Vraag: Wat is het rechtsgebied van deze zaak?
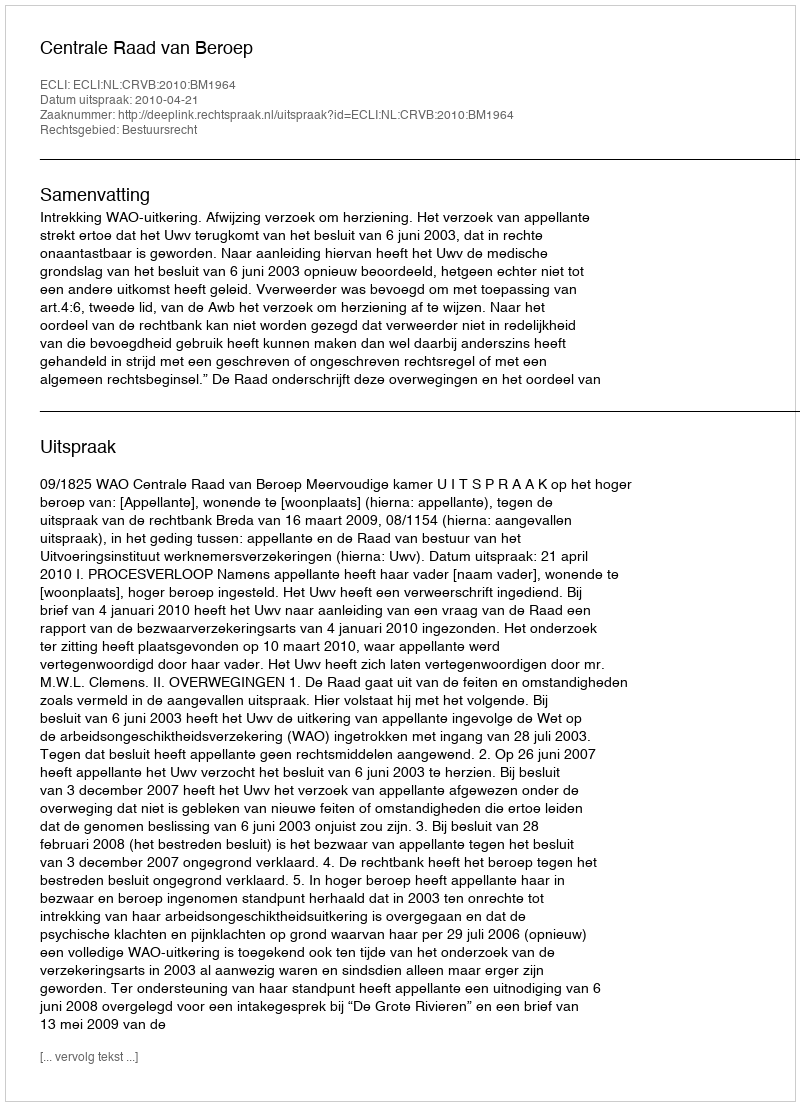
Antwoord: Bestuursrecht